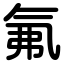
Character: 氟